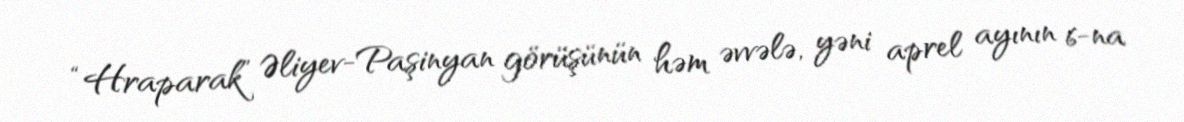
“Hraparak” Əliyev-Paşinyan görüşünün həm əvvələ, yəni aprel ayının 6-na